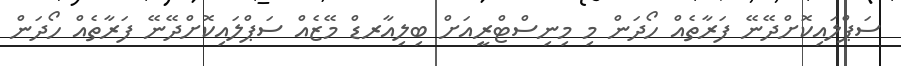
ސަޕްލައިކޮށްދޭނޭ ފަރާތެއް ހޯދަން މި މިނިސްޓްރީއަށް ބިލިއާރޑް މޭޒެއް ސަޕްލައިކޮށްދޭނޭ ފަރާތެއް ހޯދަން